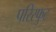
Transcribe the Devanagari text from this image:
परिस्फुट